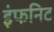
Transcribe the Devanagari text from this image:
इंफनिट